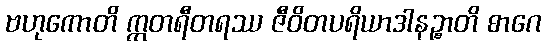
ဗဟုကောတိ ဣတရီတရဿ ဇီဝိတပရိယာဒါနဉ္စာတိ စာဂေ